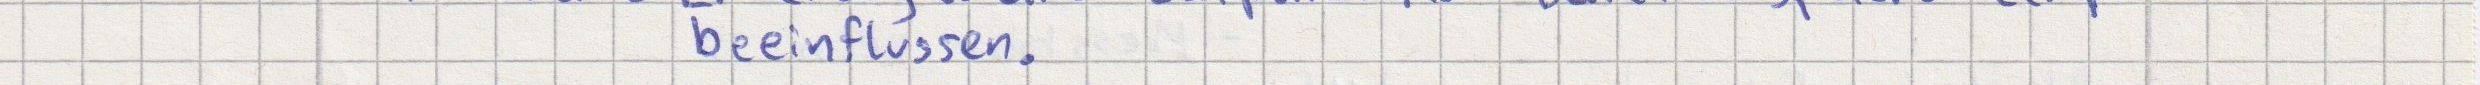
beeinflussen.